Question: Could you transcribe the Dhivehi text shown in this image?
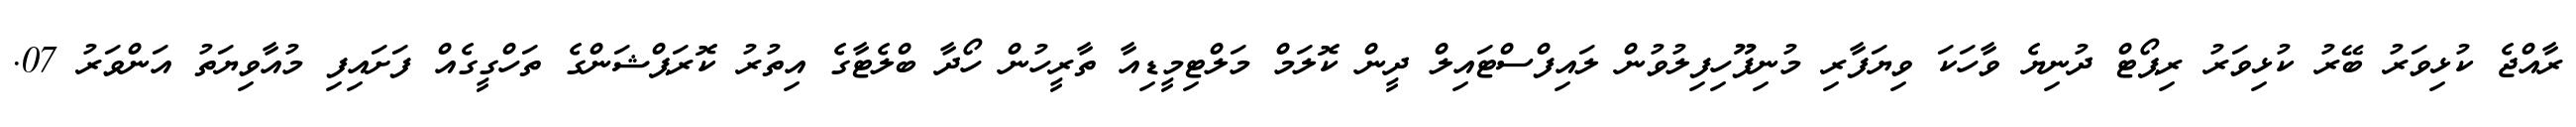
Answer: ރާއްޖެ ކުޅިވަރު ބޭރު ކުޅިވަރު ރިޕޯޓް ދުނިޔެ ވާހަކަ ވިޔަފާރި މުނިފޫހިފިލުވުން ލައިފްސްޓައިލް ދީން ކޮލަމް މަލްޓިމީޑިއާ ތާރީހުން ހޯދާ ބްލެޓާގެ އިތުރު ކޮރަޕްޝަންގެ ތަހްގީގެއް ފަށައިފި މުއާވިޔަތު އަންވަރު 07.